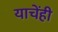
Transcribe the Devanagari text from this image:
याचेंही